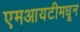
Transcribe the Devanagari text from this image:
एमआयटीमधून